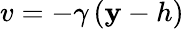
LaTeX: v=-\gamma\, (\mathbf{y}-h)